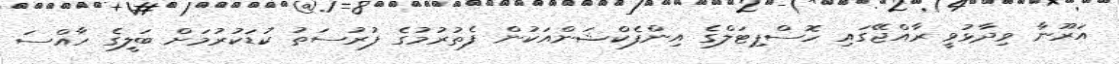
އަރޫނާ ވިދާޅުވީ ރާއްޖޭގައި ހޮސްޕިޓަލްގެ އިންފެކްޝަންއަކުން ފެތުރުމުގެ ފުރުސަތު ކުޑަކުރުމަށް ބަލީގެ ހާއްސަ